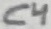
Text: C4